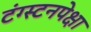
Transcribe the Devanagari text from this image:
टंग्स्टनपेक्षा